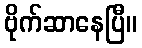
ဗိုက်ဆာနေပြီ။